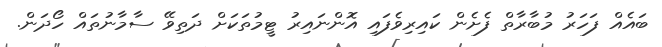
ބައެއް ފަހަރު މުބާރާތް ފެށެން ކައިރިވެފައި އޮންނައިރު ޓީމުތަކަށް ދަތިވޭ ސާމާނުތައް ހޯދަން.